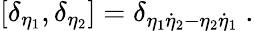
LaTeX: \left[\delta_{\eta_{1}},\delta_{\eta_{2}}\right]=\delta_{\eta_{1}\dot{\eta}_{2}-\eta_{2}\dot{\eta}_{1}}\ .